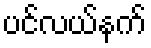
ပင်လယ်နက်